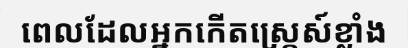
ពេលដែលអ្នកកើតស្ត្រេស៍ខ្លាំង